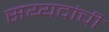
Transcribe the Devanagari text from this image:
सय्यदांची